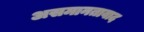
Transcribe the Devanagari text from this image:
असमानतावाद